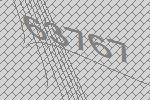
63767